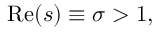
\operatorname { R e } ( s ) \equiv \sigma > 1 ,